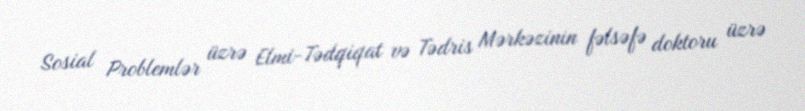
Sosial Problemlər üzrə Elmi-Tədqiqat və Tədris Mərkəzinin fəlsəfə doktoru üzrə